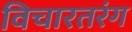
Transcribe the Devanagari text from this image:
विचारतरंग